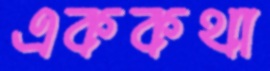
এককথা